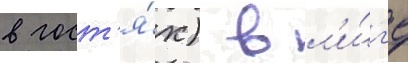
в гост'я́х) в л'и́г'е